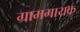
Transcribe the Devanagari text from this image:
ग्रामगायक